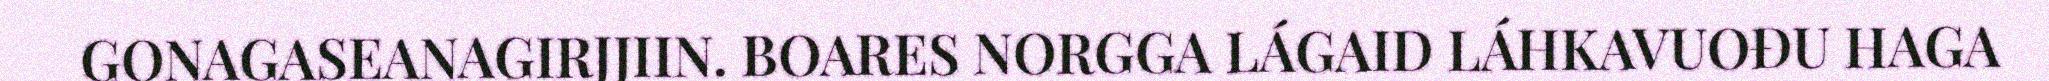
GONAGASEANAGIRJJIIN. BOARES NORGGA LÁGAID LÁHKAVUOĐU HAGA